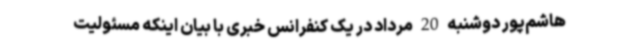
هاشم‌پور دوشنبه 20 مرداد در یک کنفرانس خبری با بیان اینکه مسئولیت